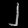
Digit: ၂